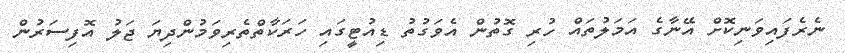
ނެރެފައިވަނިކޮށް އޭނާގެ އަމަލުތައް ހުރި ގޮތުން އެވަގުތު ޑިއުޓީގައި ހަރަކާތްތެރިވަމުންދިޔަ ޖަލު އޮފިސަރުން